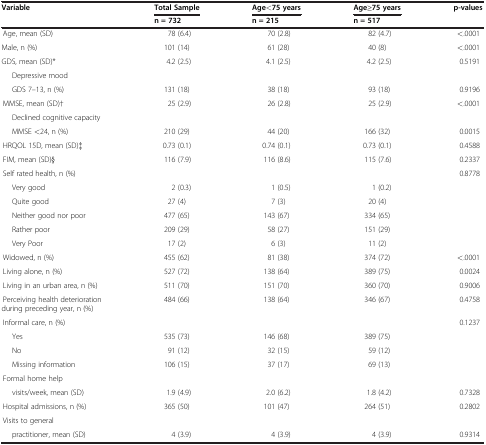
<table><thead><tr><td rowspan="2"><b>Variable</b></td><td><b>Total Sample</b></td><td><b>Age&lt;75 years</b></td><td><b>Age≥75 years</b></td><td><b>p-values</b></td></tr><tr><td><b>n = 732</b></td><td><b>n = 215</b></td><td><b>n = 517</b></td><td><b> </b></td></tr></thead><tbody><tr><td> Age, mean (SD)</td><td>78 (6.4)</td><td>70 (2.8)</td><td>82 (4.7)</td><td>&lt;.0001</td></tr><tr><td>Male, n (%)</td><td>101 (14)</td><td>61 (28)</td><td>40 (8)</td><td>&lt;.0001</td></tr><tr><td>GDS, mean (SD)*</td><td>4.2 (2.5)</td><td>4.1 (2.5)</td><td>4.2 (2.5)</td><td>0.5191</td></tr><tr><td>Depressive mood</td><td> </td><td> </td><td> </td><td> </td></tr><tr><td>GDS 7–13, n (%)</td><td>131 (18)</td><td>38 (18)</td><td>93 (18)</td><td>0.9196</td></tr><tr><td> MMSE, mean (SD)†</td><td>25 (2.9)</td><td>26 (2.8)</td><td>25 (2.9)</td><td>&lt;.0001</td></tr><tr><td>Declined cognitive capacity</td><td> </td><td> </td><td> </td><td> </td></tr><tr><td>MMSE &lt;24, n (%)</td><td>210 (29)</td><td>44 (20)</td><td>166 (32)</td><td>0.0015</td></tr><tr><td> HRQOL 15D, mean (SD)‡</td><td>0.73 (0.1)</td><td>0.74 (0.1)</td><td>0.73 (0.1)</td><td>0.4588</td></tr><tr><td> FIM, mean (SD)§</td><td>116 (7.9)</td><td>116 (8.6)</td><td>115 (7.6)</td><td>0.2337</td></tr><tr><td> Self rated health, n (%)</td><td> </td><td> </td><td> </td><td>0.8778</td></tr><tr><td>Very good</td><td>2 (0.3)</td><td>1 (0.5)</td><td>1 (0.2)</td><td> </td></tr><tr><td>Quite good</td><td>27 (4)</td><td>7 (3)</td><td>20 (4)</td><td> </td></tr><tr><td>Neither good nor poor</td><td>477 (65)</td><td>143 (67)</td><td>334 (65)</td><td> </td></tr><tr><td>Rather poor</td><td>209 (29)</td><td>58 (27)</td><td>151 (29)</td><td> </td></tr><tr><td>Very Poor</td><td>17 (2)</td><td>6 (3)</td><td>11 (2)</td><td> </td></tr><tr><td> Widowed, n (%)</td><td>455 (62)</td><td>81 (38)</td><td>374 (72)</td><td>&lt;.0001</td></tr><tr><td> Living alone, n (%)</td><td>527 (72)</td><td>138 (64)</td><td>389 (75)</td><td>0.0024</td></tr><tr><td> Living in an urban area, n (%)</td><td>511 (70)</td><td>151 (70)</td><td>360 (70)</td><td>0.9006</td></tr><tr><td> Perceiving health deterioration during preceding year, n (%)</td><td>484 (66)</td><td>138 (64)</td><td>346 (67)</td><td>0.4758</td></tr><tr><td> Informal care, n (%)</td><td> </td><td> </td><td> </td><td>0.1237</td></tr><tr><td>Yes</td><td>535 (73)</td><td>146 (68)</td><td>389 (75)</td><td> </td></tr><tr><td>No</td><td>91 (12)</td><td>32 (15)</td><td>59 (12)</td><td> </td></tr><tr><td>Missing information</td><td>106 (15)</td><td>37 (17)</td><td>69 (13)</td><td> </td></tr><tr><td> Formal home help</td><td> </td><td> </td><td> </td><td> </td></tr><tr><td>visits/week, mean (SD)</td><td>1.9 (4.9)</td><td>2.0 (6.2)</td><td>1.8 (4.2)</td><td>0.7328</td></tr><tr><td> Hospital admissions, n (%)</td><td>365 (50)</td><td>101 (47)</td><td>264 (51)</td><td>0.2802</td></tr><tr><td> Visits to general</td><td> </td><td> </td><td> </td><td> </td></tr><tr><td>practitioner, mean (SD)</td><td>4 (3.9)</td><td>4 (3.9)</td><td>4 (3.9)</td><td>0.9314</td></tr></tbody></table>